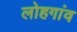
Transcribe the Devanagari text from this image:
लोहगांव